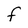
Character: f